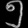
Digit: ၅